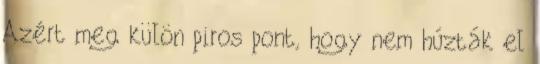
Azért meg külön piros pont, hogy nem húzták el